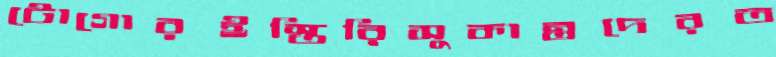
টোগোরইস্তিরিসুকান্তদেরত